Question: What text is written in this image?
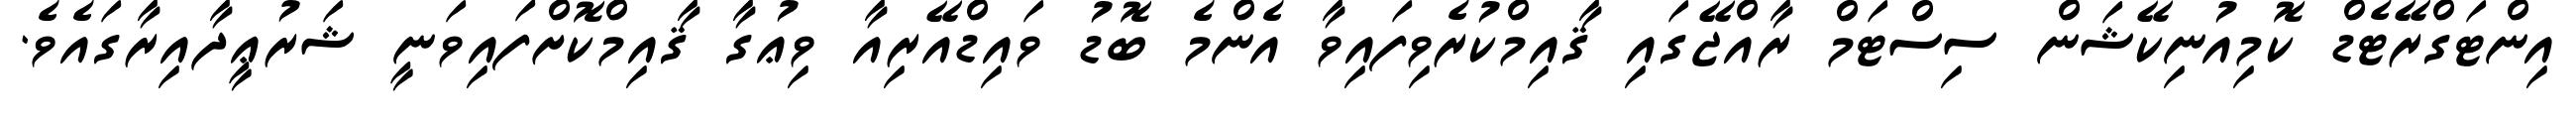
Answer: އިންޓަގްރޭޓެޑް ކޮމިއުނިކޭޝަން ސިސްޓަމް ރާއްޖޭގައި ޤާއިމްކުރެވިފައިވާ އެންމެ ބޮޑު ވައިޑްއޭރިއާ ވިޢުގާ ޤާއިމްކޮށްފައިވަނީ ޝަރުޢީދާއިރާގައެވެ.